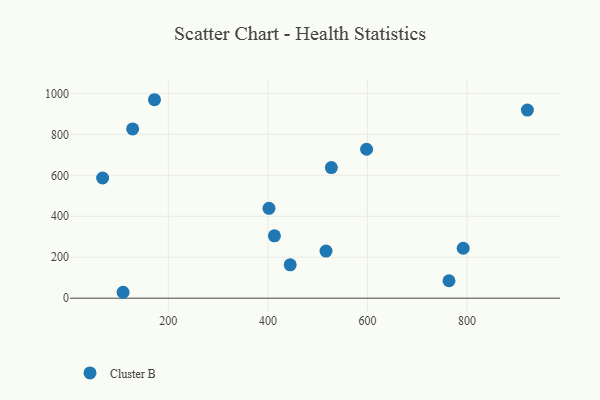
{"axis": {"x": "Study Hours", "y": "Salary"}, "legend": ["Cluster B"], "data": [{"x": "516.8", "y": 230.0, "type": "Cluster B"}, {"x": "598.3", "y": 727.3, "type": "Cluster B"}, {"x": "109.0", "y": 28.9, "type": "Cluster B"}, {"x": "763.9", "y": 85.1, "type": "Cluster B"}, {"x": "67.9", "y": 587.0, "type": "Cluster B"}, {"x": "792.4", "y": 243.8, "type": "Cluster B"}, {"x": "921.4", "y": 918.8, "type": "Cluster B"}, {"x": "172.1", "y": 969.1, "type": "Cluster B"}, {"x": "444.8", "y": 162.9, "type": "Cluster B"}, {"x": "128.2", "y": 826.7, "type": "Cluster B"}, {"x": "402.2", "y": 438.7, "type": "Cluster B"}, {"x": "413.1", "y": 304.4, "type": "Cluster B"}, {"x": "527.5", "y": 637.6, "type": "Cluster B"}]}